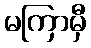
မကြာမှီ